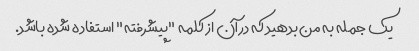
یک جمله به من بدهید که در آن از کلمه "پیشرفته" استفاده شده باشد.